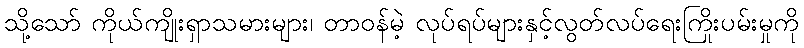
သို့သော် ကိုယ်ကျိုးရှာသမားများ၊ တာဝန်မဲ့ လုပ်ရပ်များနှင့်လွတ်လပ်ရေးကြိုးပမ်းမှုကို